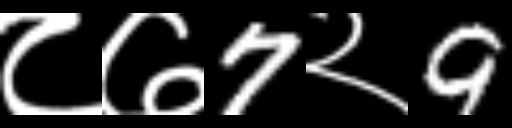
Text: ८७7२9